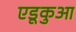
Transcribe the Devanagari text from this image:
एडूकुआ